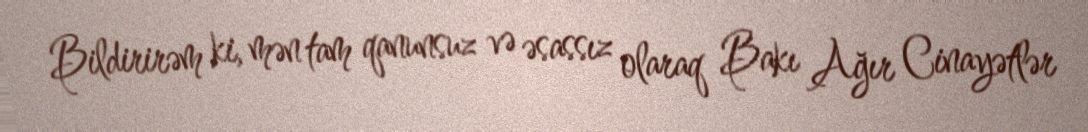
Bildirirəm ki, mən tam qanunsuz və əsassız olaraq Bakı Ağır Cinayətlər